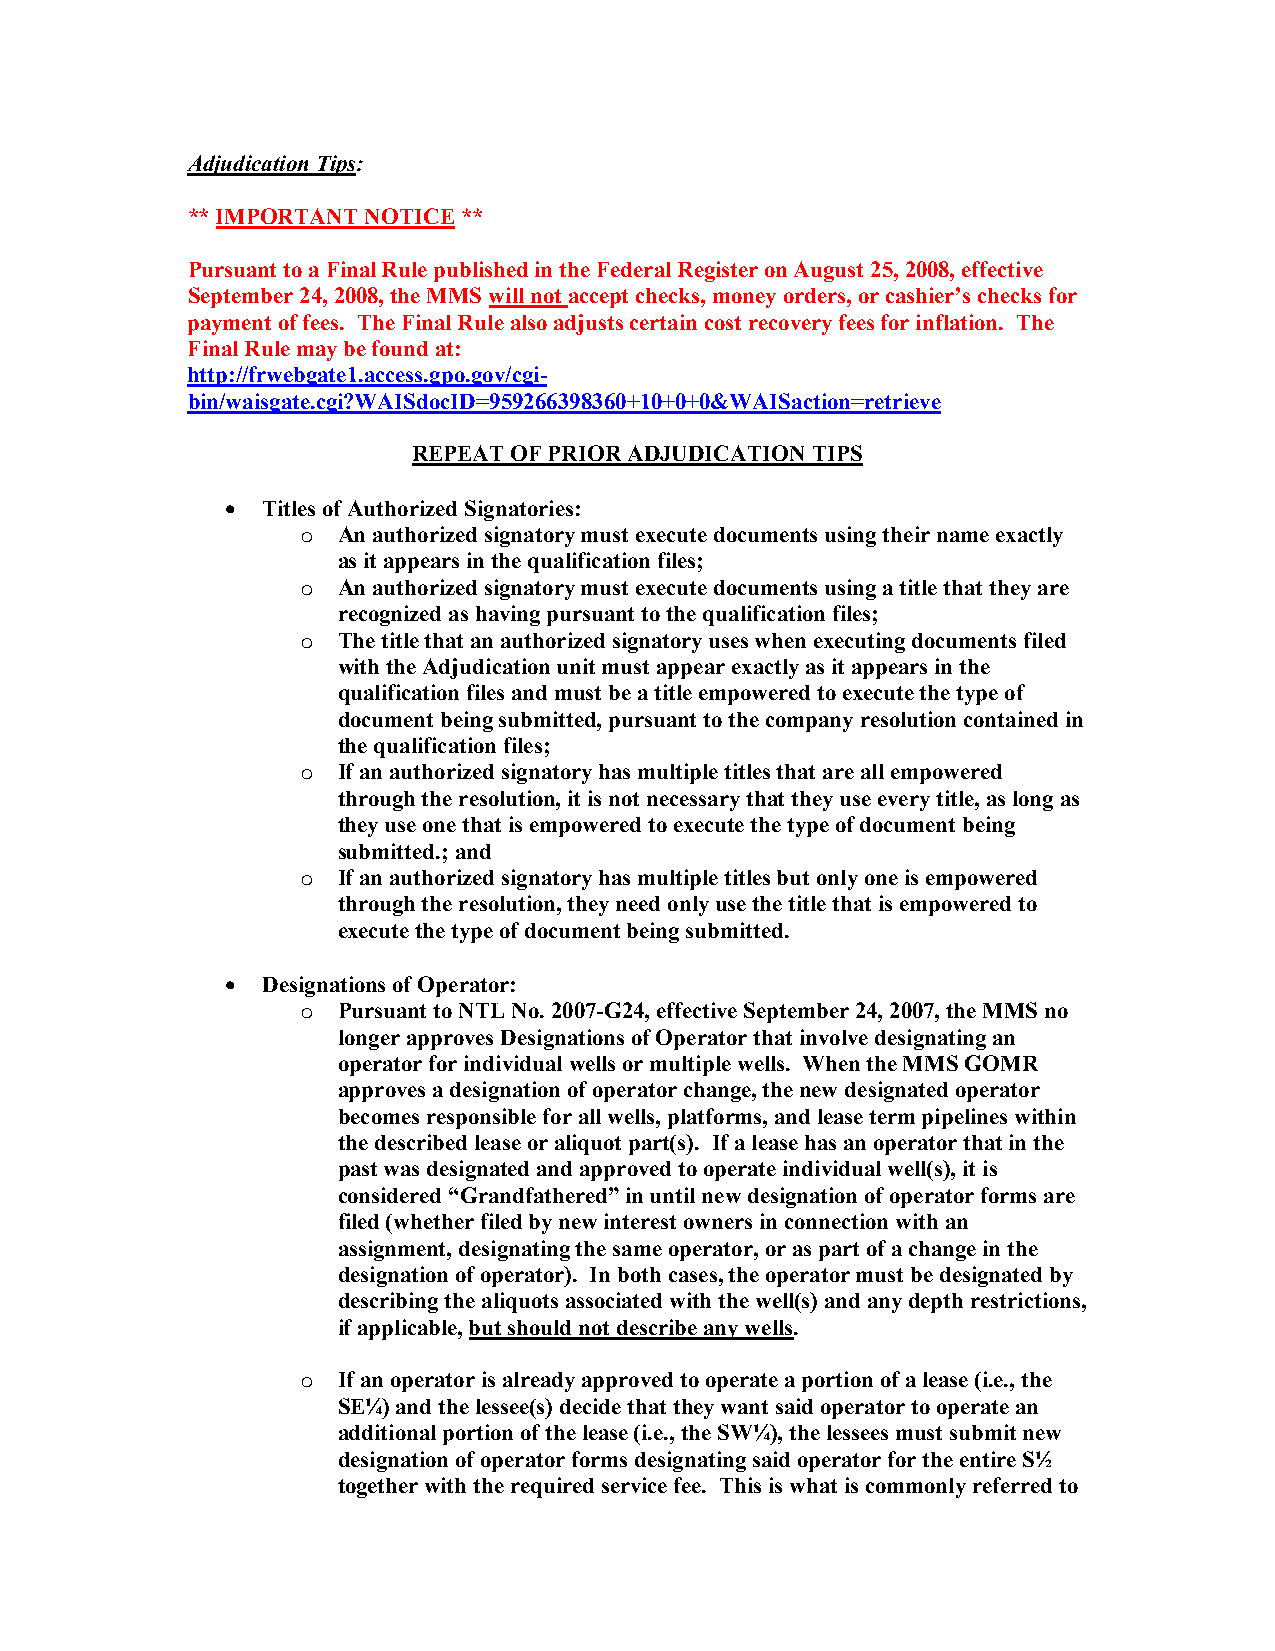
Adjudication Tips:
 ** IMPORTANT NOTICE **
 Pursuant to a Final Rule published in the Federal Register on August 25, 2008, effective
 September 24, 2008, the MMS will not accept checks, money orders, or cashier’s checks for
 payment of fees. The Final Rule also adjusts certain cost recovery fees for inflation. The
 Final Rule may be found at:
 http://frwebgate1.access.gpo.gov/cgi-
 bin/waisgate.cgi?WAISdocID=959266398360+10+0+0&WAISaction=retrieve
 REPEAT OF PRIOR ADJUDICATION TIPS
 • Titles of Authorized Signatories:
 o An authorized signatory must execute documents using their name exactly
 as it appears in the qualification files;
 o An authorized signatory must execute documents using a title that they are
 recognized as having pursuant to the qualification files;
 o The title that an authorized signatory uses when executing documents filed
 with the Adjudication unit must appear exactly as it appears in the
 qualification files and must be a title empowered to execute the type of
 document being submitted, pursuant to the company resolution contained in
 the qualification files;
 o If an authorized signatory has multiple titles that are all empowered
 through the resolution, it is not necessary that they use every title, as long as
 they use one that is empowered to execute the type of document being
 submitted.; and
 o If an authorized signatory has multiple titles but only one is empowered
 through the resolution, they need only use the title that is empowered to
 execute the type of document being submitted.
 • Designations of Operator:
 o Pursuant to NTL No. 2007-G24, effective September 24, 2007, the MMS no
 longer approves Designations of Operator that involve designating an
 operator for individual wells or multiple wells. When the MMS GOMR
 approves a designation of operator change, the new designated operator
 becomes responsible for all wells, platforms, and lease term pipelines within
 the described lease or aliquot part(s). If a lease has an operator that in the
 past was designated and approved to operate individual well(s), it is
 considered “Grandfathered” in until new designation of operator forms are
 filed (whether filed by new interest owners in connection with an
 assignment, designating the same operator, or as part of a change in the
 designation of operator). In both cases, the operator must be designated by
 describing the aliquots associated with the well(s) and any depth restrictions,
 if applicable, but should not describe any wells.
 o If an operator is already approved to operate a portion of a lease (i.e., the
 SE¼) and the lessee(s) decide that they want said operator to operate an
 additional portion of the lease (i.e., the SW¼), the lessees must submit new
 designation of operator forms designating said operator for the entire S½
 together with the required service fee. This is what is commonly referred to